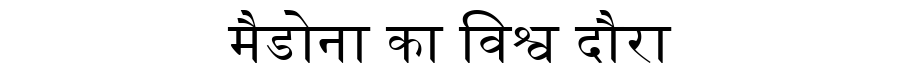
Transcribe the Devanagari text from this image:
मैडोना का विश्व दौरा